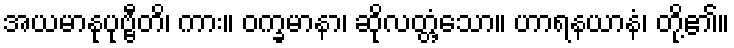
အယမာနုပုဗ္ဗီတိ၊ ကား။ ဝက္ခမာနာ၊ ဆိုလတ္တံ့သော။ ဟာရနယာနံ၊ တို့၏။